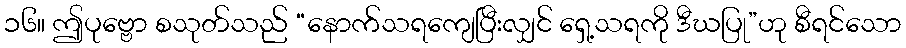
၁၆။ ဤပုဗ္ဗော စသုတ်သည် “နောက်သရကျေပြီးလျှင် ရှေ့သရကို ဒီဃပြု”ဟု စီရင်သော